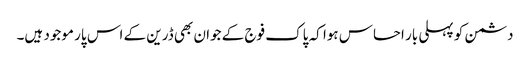
دشمن کو پہلی بار احساس ہوا کہ پاک فوج کے جوان بھی ڈرین کے اس پار موجود ہیں۔